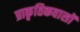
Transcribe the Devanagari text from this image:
प्राकृतिकवासों